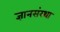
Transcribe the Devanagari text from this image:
ज्ञानसंस्था